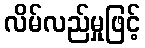
လိမ်လည်မှုဖြင့်